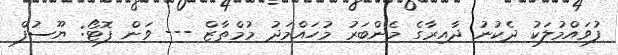
ފުވައްމުލަކު ދެކުނު ދާއިރާގެ މެންބަރު މުހައްމަދު މުމްތާޒް --- ވަން ފޮޓޯ: ޔޫސުފް